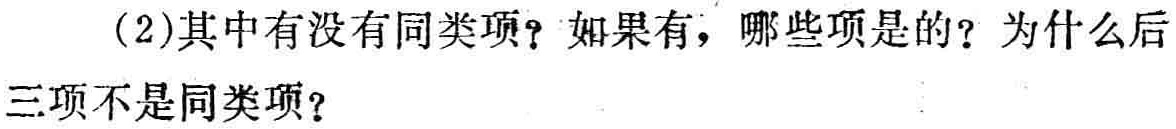
(2)其中有没有同类项？如果有，哪些项是的？为什么后三项不是同类项？